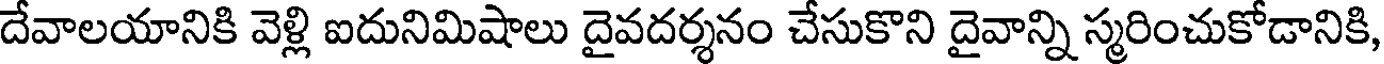
దేవాలయానికి వెళ్లి ఐదునిమిషాలు దైవదర్శనం చేసుకొని దైవాన్ని స్మరించుకోడానికి